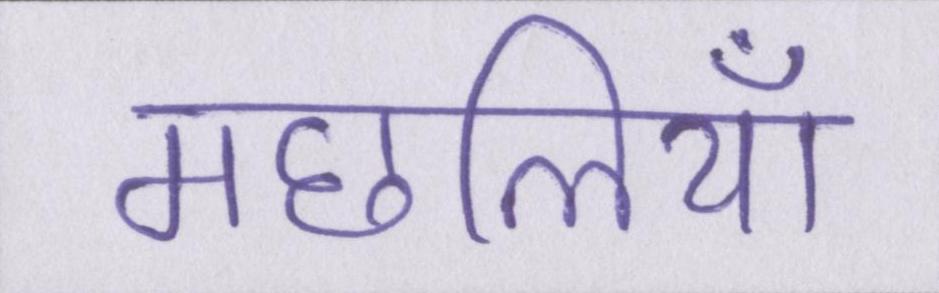
मछलियाँ